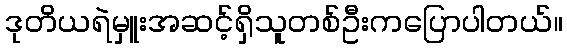
ဒုတိယရဲမှူးအဆင့်ရှိသူတစ်ဦးကပြောပါတယ်။